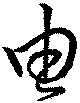
由